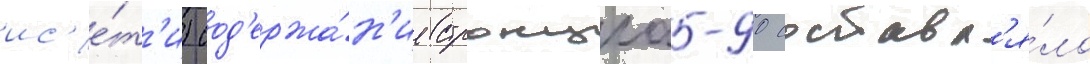
ис'е́т'и) сод'ержа́н'ие стронциа-90 составл'я́ло